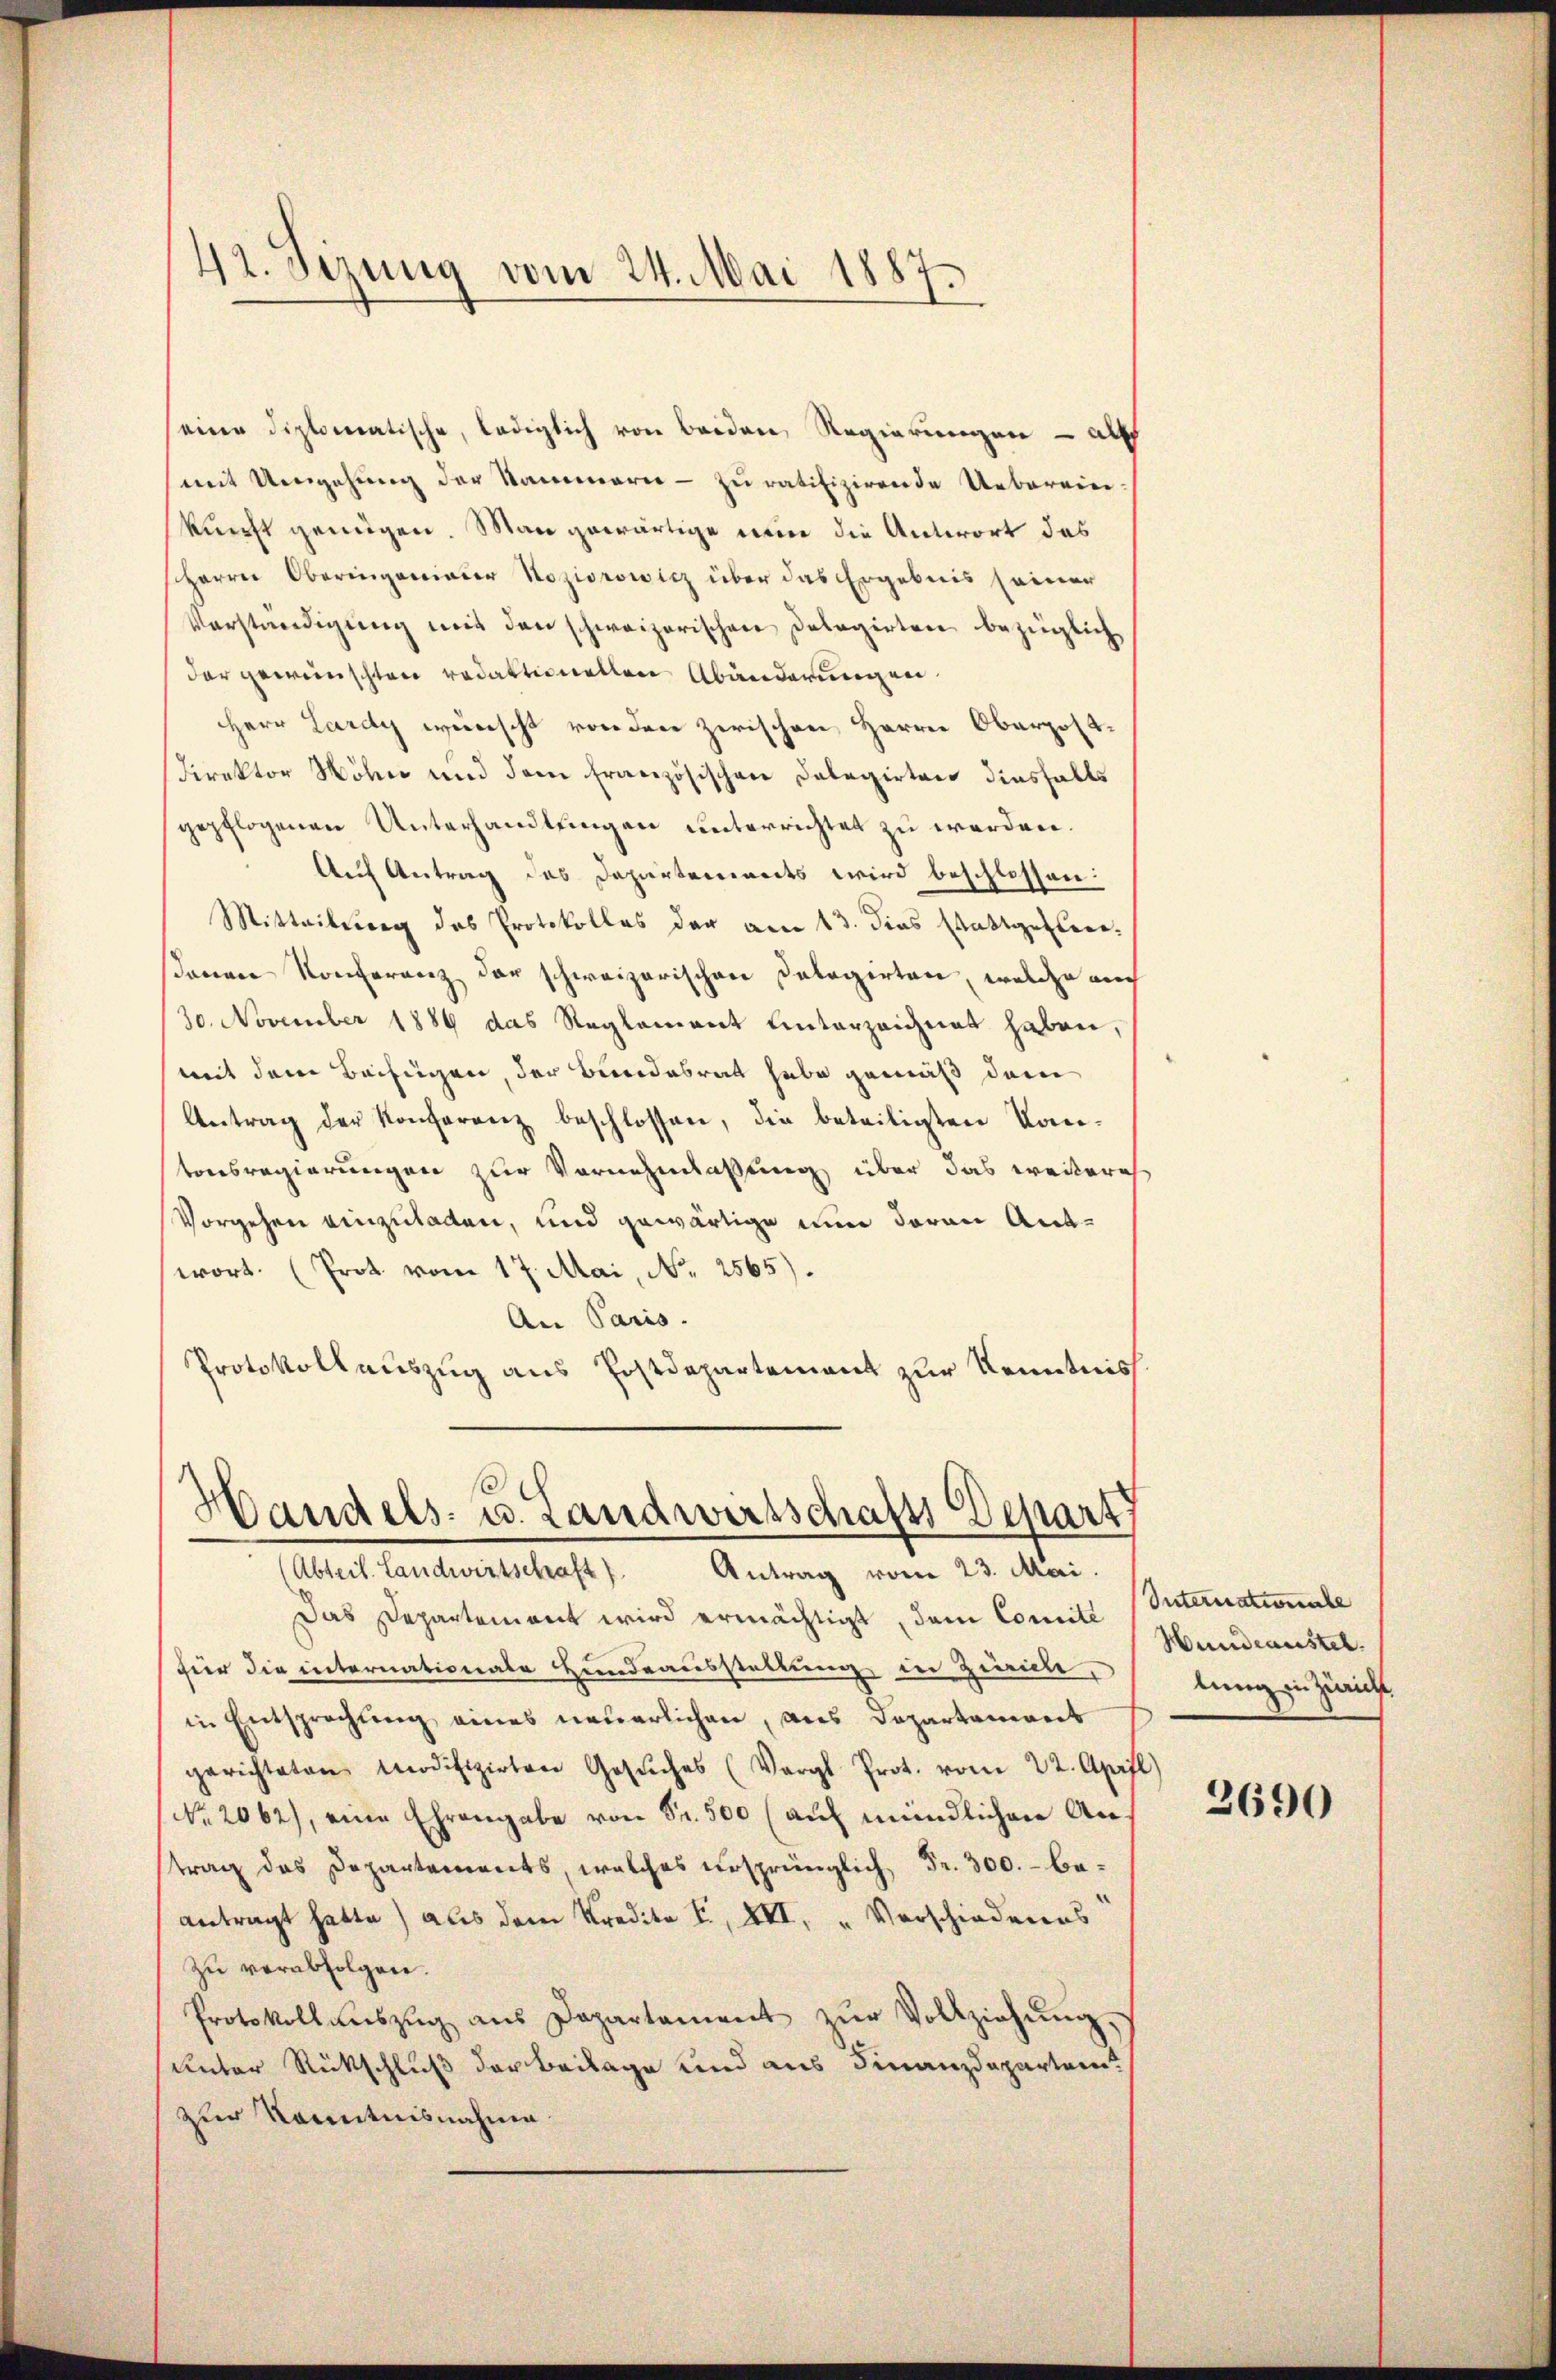
42. Sizung vom 24. Mai 1887.

seine diplomatische, lediglich von beiden Regierungen - als
mit Umgehung der Namenarie - zu ratifizirende Ueberein
kunft genügen. Man gewärtige nun die Antwort das
Harrer Oberingenianer Soziorowicz über das Ergebnis seiner
Verständigung mit den schweizerischen Delegirten bezüglich
dar gewünschten redaktionellen Abänderungen.
Herr Lardy wünscht von den zwischen Herren Oberpost
Direktor Möhn und dem französischen Delegirten diesfalls
gepflogenen Unterhandlungen unterrichtet zu werden.
Auf Antrag des Departements wird beschlossen:
Mitteilung des Protokolles der am 13. dies stattgester-
sonen Konferenz der schweizerischen Palogirten, welche am
30. November 1886 das Reglement unterzeichnet haben,
mit dem Beifügen, der Bundesrat habe gemäß dem
Antrag der Konferenz beschlossen, die beteiligten Komtonsregierungen zur Vornehmlassung über das weitere
Vorgehen einzuladen, und gewärtige nun daran Antwort. (Prot. vom 17. Mai, N. 2565).
An Paris.
Protokollauszug aus Postdepartement zur Kenntniss

s
Handels- u. Landwirtschafts Depart
(Abteil. Landwirtschaft). Antrag vom 23. Mai.

Das Departement wird ermächtigt, dem Comité (Internationale
für die internationale Hundeausstellung in Zürich,
in Entsprechung eines neuerlichen, aus Departament
gerichteten Modifizirten Gesŭches (Vergl. Prot. vom 22. April)
No. 2062), eine Ehrengabe von Fr. 500 (auf mündlichen Antrag des Departements, welches ...
antragt hatte) aus dem Kredite F. XII. Vorschiedenes
zu verabfolgen.
Protokollaŭszŭg aŭs Departament zŭr Vollziehŭng.
Unter Rückschluß der Beilage und aus Finanzdepartei
zur Kenntnisnahme

Hundeaustel.
lung in Züricht

2690